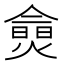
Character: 𱬔